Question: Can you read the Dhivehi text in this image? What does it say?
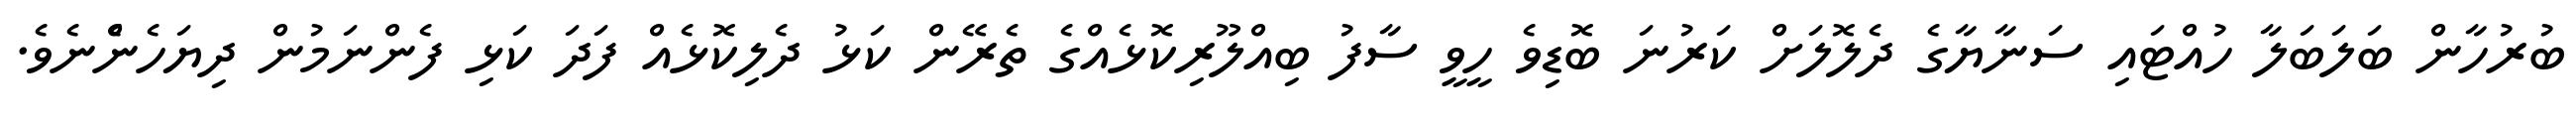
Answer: ބުރުހާން ބަލަބަލާ ހުއްޓައި ސަނާޔާގެ ދެލޮލަށް ކަރުނަ ބޮޑިވެ ހީވީ ސާފު ބިއްލޫރިކޮޅެއްގެ ތެރޭން ކަޅު ދެލިކޮޅެއް ފަދަ ކަޅި ފެންނަމުން ދިޔަހެންެނެވެ.